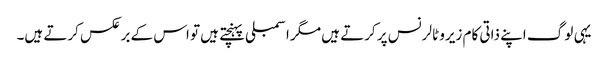
یہی لوگ اپنے ذاتی کام زیرو ٹالرنس پر کرتے ہیں مگر اسمبلی پہنچتے ہیں تو اس کے برعکس کرتے ہیں۔